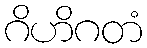
ဂိဟိဂတံ